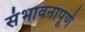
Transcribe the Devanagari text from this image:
संभावनापूर्ण